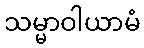
သမ္မာဝါယာမံ